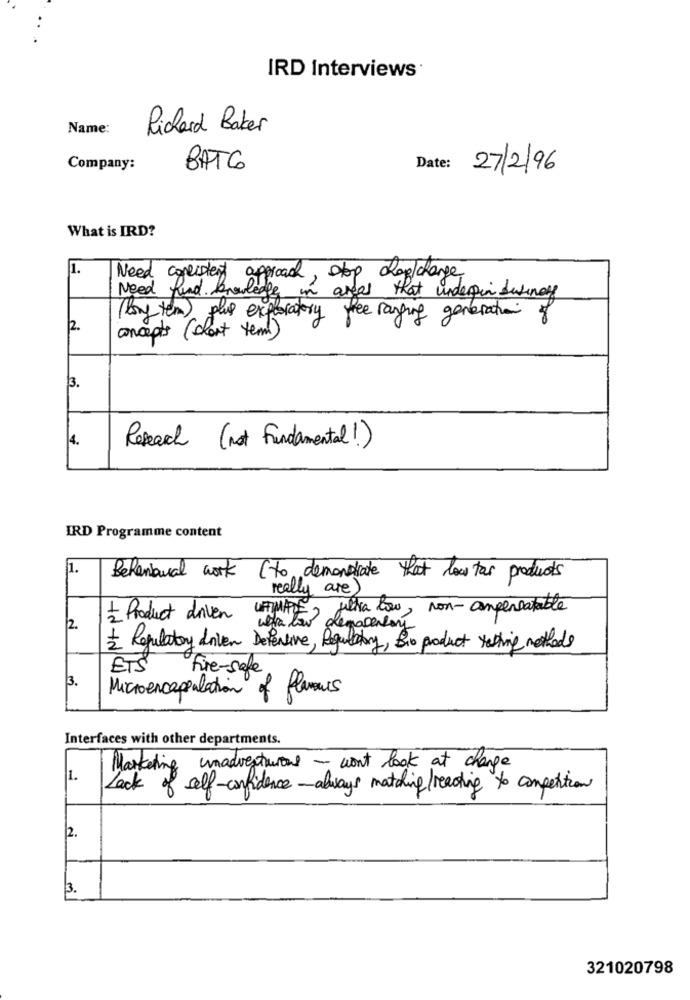
IRD Interviews
Name:
Richard Baker
Company:
BATG
Date:
27/2/96
What is IRD?
1.
Need consistent approach, stop chap/change
Need find knowledge in areas that underpin duringy
(long term) plus exploratory the ranging generation of
2.
concepts (chart tem)
13.
4.
Research (not Fundamental!)
IRD Programme content
1.
Behambural work ( to demonstrate that low tar products
really are)
julia low, non-compensatable
Product driven UIMPDE,
utator demosensor
2.
Regulatory driven Defensive, Regulatory, Bio product testing methods
ETS
Fire-safe
13.
Microencapsulation of flavours
Interfaces with other departments.
Marketing unadventurous - won't look at change
1.
Lack of self-confidence -always matching reading to competition
2.
3.
321020798